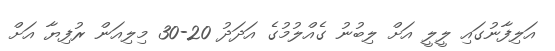
އަލިފާނުގައި ލީލީ އަށް ލިބުނު ގެއްލުމުގެ އަދަދު 20-30 މިލިއަން ރުފިޔާ އަށް